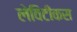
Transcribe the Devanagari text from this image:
लेविटीकस